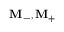
\mathbf { M } _ { - } , \mathbf { M } _ { + }